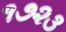
૧૭૨૩